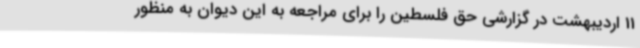
11 اردیبهشت در گزارشی حق فلسطین را برای مراجعه به این دیوان به منظور